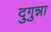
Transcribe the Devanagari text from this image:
दुगुन्ना